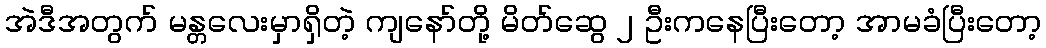
အဲဒီအတွက် မန္တလေးမှာရှိတဲ့ ကျနော်တို့ မိတ်ဆွေ ၂ ဦးကနေပြီးတော့ အာမခံပြီးတော့